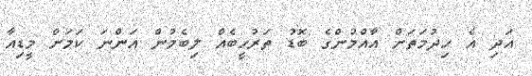
އަދި އެ ހިދުމަތަށް އާއްމުންގެ ބޮޑު ތަރުހީބެއް ލިބެމުން އަންނަ ކަމަށް މީޑިއާ